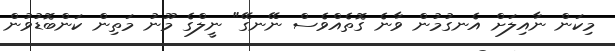
މިކަން ނާއިލަށް އެނގުމުން ވާނެ ގޮތެއްވެސް ނޭނގޭ" ނީލްގެ މޫނު މަތިން ކަންބޮޑުވުން